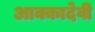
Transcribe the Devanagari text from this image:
आक्कादेवी